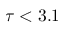
\tau < 3 . 1